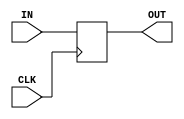
module OnewordRegister(
   input [15:0]  IN,
   input         CLK,
   output [15:0] OUT);

   reg [15:0]    REG;

   always @ (posedge CLK) begin
      REG <= IN;
   end
   
   assign OUT = REG;
   
endmodule // OnewordRegister